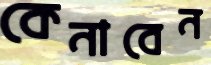
কেনাবেন